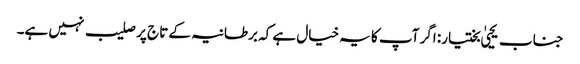
جناب یحییٰ بختیار: اگر آپ کا یہ خیال ہے کہ برطانیہ کے تاج پر صلیب نہیں ہے۔